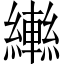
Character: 𦆕